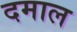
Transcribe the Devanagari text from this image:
दमाल